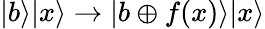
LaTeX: |b\rangle|x\rangle\to|b\oplus f(x)\rangle|x\rangle